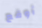
أوقع